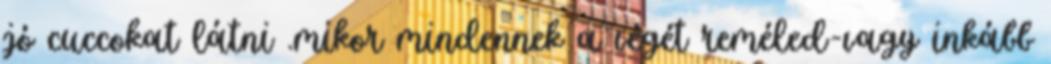
jó cuccokat látni .mikor mindennek a végét reméled-vagy inkább